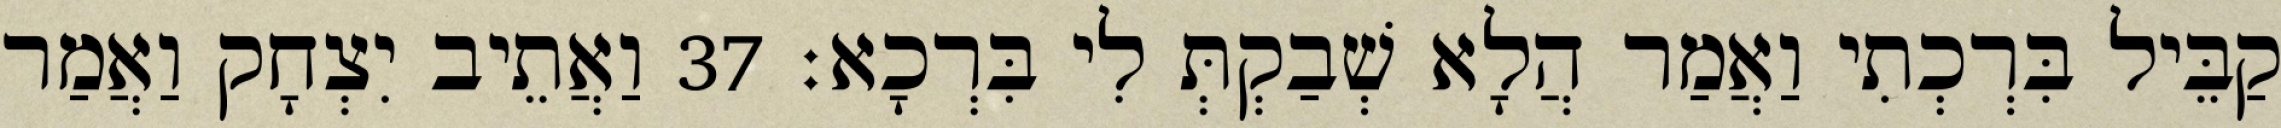
קַבֵּיל בִּרְכְתִי וַאֲמַר הֲלָא שְׁבַקְתְּ לִי בִּרְכָא׃ 37 וַאֲתֵיב יִצְחָק וַאֲמַר